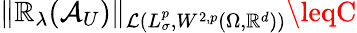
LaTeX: \Vert\mathbb{R}_{\lambda}(\mathcal{{A}}_{U})\Vert_{\mathcal{{L}}\left(L_{\sigma}^{p},W^{2,p}(\Omega,\mathbb{{\mathbb{R}}}^{d})\right)}\leqC